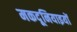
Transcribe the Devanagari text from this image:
मकदूनियाइयों